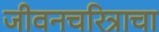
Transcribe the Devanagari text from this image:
जीवनचरित्राचा